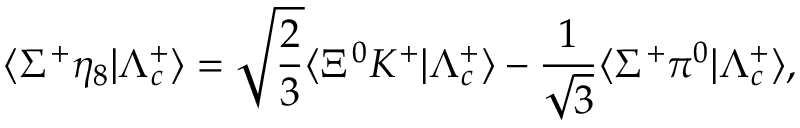
\langle \Sigma ^ { + } \eta _ { 8 } | \Lambda _ { c } ^ { + } \rangle = \sqrt { \frac { 2 } { 3 } } \langle \Xi ^ { 0 } K ^ { + } | \Lambda _ { c } ^ { + } \rangle - { \frac { 1 } { \sqrt 3 } } \langle \Sigma ^ { + } \pi ^ { 0 } | \Lambda _ { c } ^ { + } \rangle ,